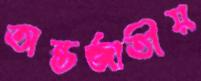
অন্তর্জাতীয়